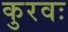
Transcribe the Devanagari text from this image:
कुरवः